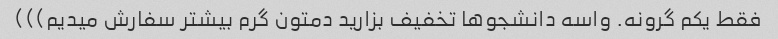
فقط یکم گرونه. واسه دانشجو‌ها تخفیف بزارید دمتون گرم بیشتر سفارش میدیم)))